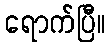
ရောက်ပြီ။